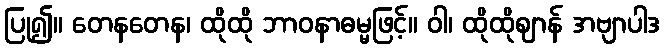
ပြု၍။ တေနတေန၊ ထိုထို ဘာဝနာဓမ္မဖြင့်။ ဝါ၊ ထိုထိုဈာန် အဗျာပါဒ